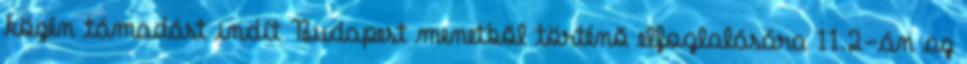
közén támadást indít Budapest menetbõl történõ elfoglalására 11.2-án az